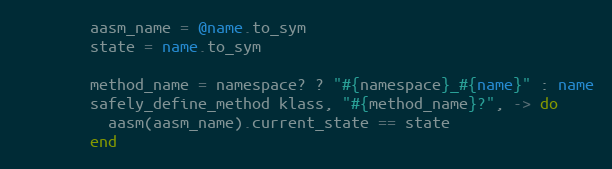
Language: Ruby
        aasm_name = @name.to_sym
        state = name.to_sym

        method_name = namespace? ? "#{namespace}_#{name}" : name
        safely_define_method klass, "#{method_name}?", -> do
          aasm(aasm_name).current_state == state
        end